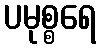
ပမုစ္စရေ